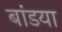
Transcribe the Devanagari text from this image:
बांडया